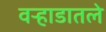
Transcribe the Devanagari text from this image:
वऱ्हाडातले